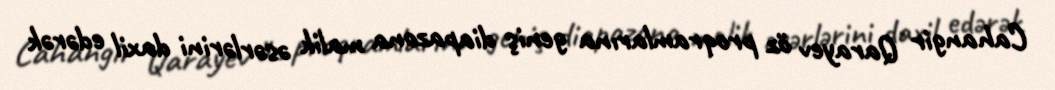
Cahangir Qarayev öz proqramlarına geniş diapazona malik əsərlərini daxil edərək